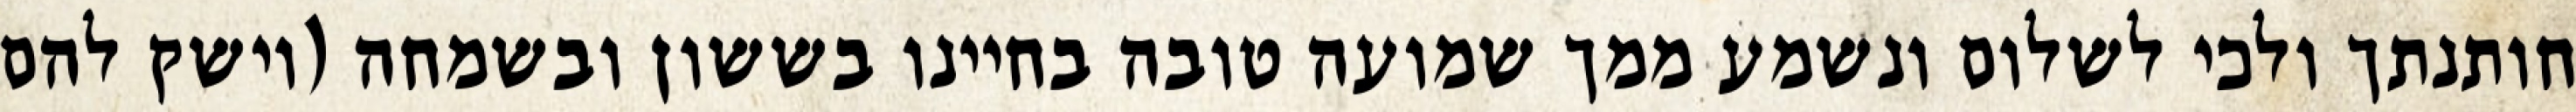
חותנתך ולכי לשלום ונשמע ממך שמועה טובה בחיינו בששון ובשמחה (וישק להם